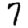
Digit: 7